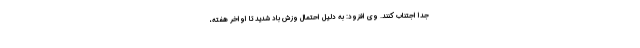
جدا اجتناب کنند. وی افزود: به دلیل احتمال وزش باد شدید تا اواخر هفته،